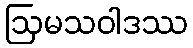
ဩမသဝါဒဿ